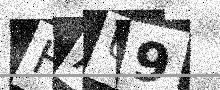
Text: HAU9